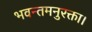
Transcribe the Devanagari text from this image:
भवन्तमनुरक्ता।